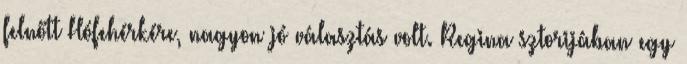
felnőtt Hófehérkére, nagyon jó választás volt. Regina sztorijában egy